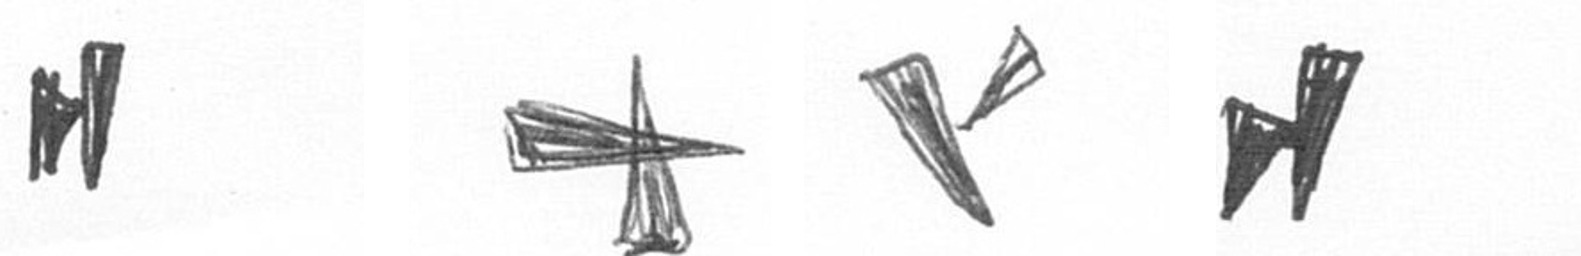
M G F M